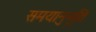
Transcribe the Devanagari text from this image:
समयानुभूति